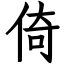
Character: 倚